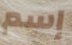
إسم